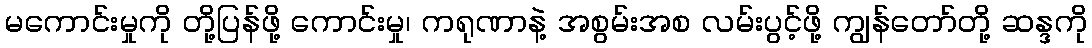
မကောင်းမှုကို တို့ပြန်ဖို့ ကောင်းမှု၊ ကရုဏာနဲ့ အစွမ်းအစ လမ်းပွင့်ဖို့ ကျွန်တော်တို့ ဆန္ဒကို